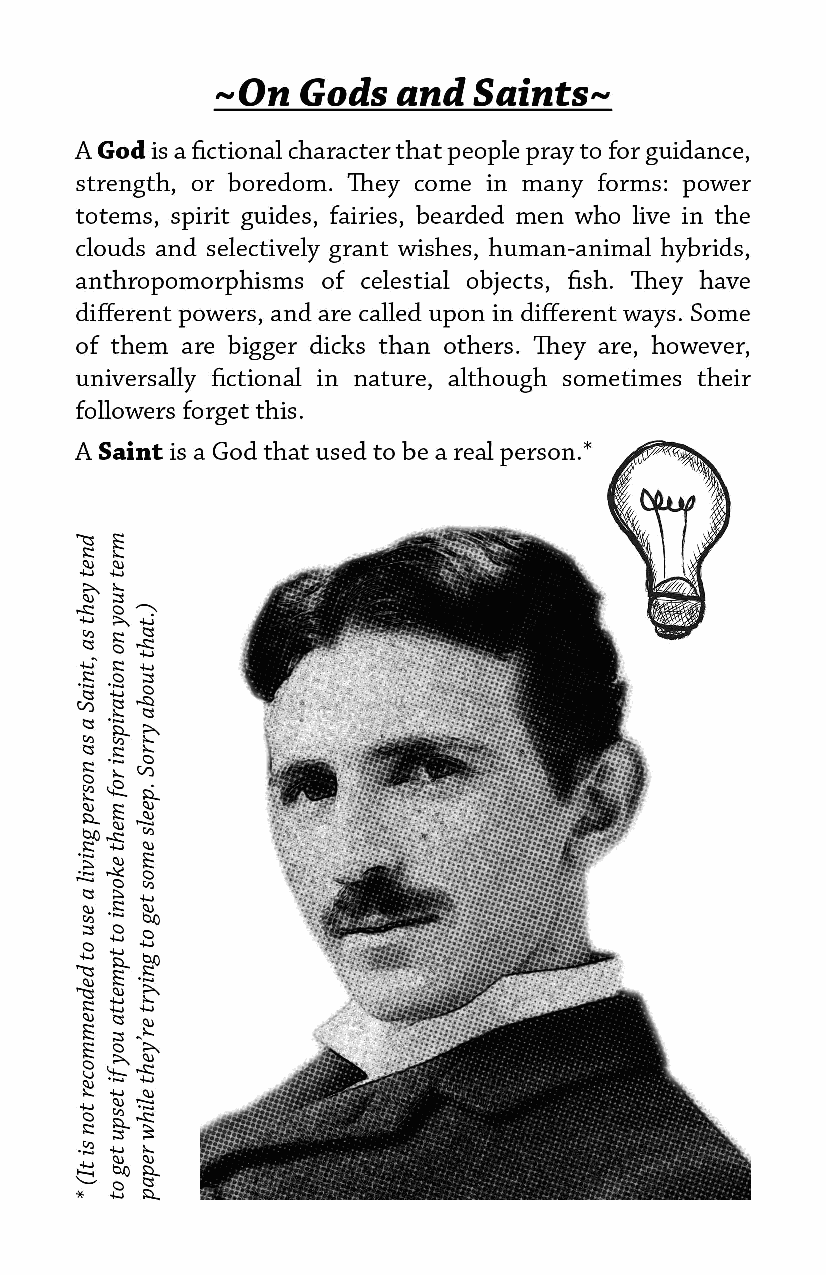
On  Gods   and  Saints
 A God is a fictional character that people pray to for guidance,
 strength, or boredom. They come in many forms: power
 totems, spirit guides, fairies, bearded men who live in the
 clouds and selectively grant wishes, human-animal hybrids,
 anthropomorphisms of celestial objects, fish. They have different
 powers, and are called upon in different ways. Some of them
 are bigger dicks than others. They are, however, universally
 fictional in nature, although sometimes their followers forget
 this.
 A Saint is a God that used to be a real person.*
 Image Description: a photograph of
 Tesla in deteriorated halftone style, with
 a cartoon lightbulb near his head
 dnet
 yeht
 sa
 ,tniaS
 a
 sa
 nosrep
 gnivil
 a
 esu
 ot
 dednemmocer
 ton
 si
 tI(
 *
 ruoy
 no
 noitaripsni
 rof
 meht
 ekovni
 ot
 tpmetta
 uoy
 fi
 tespu
 teg
 ot
 ).taht
 tuoba
 yrroS
 .peels
 emos
 teg
 ot
 gniyrt
 er’yeht
 elihw
 repap
 mret